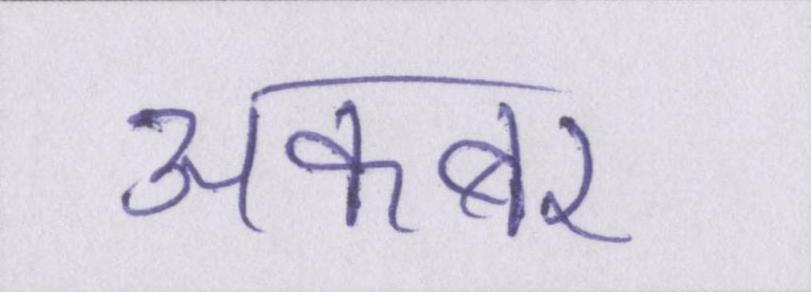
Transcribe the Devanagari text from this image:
अकबर